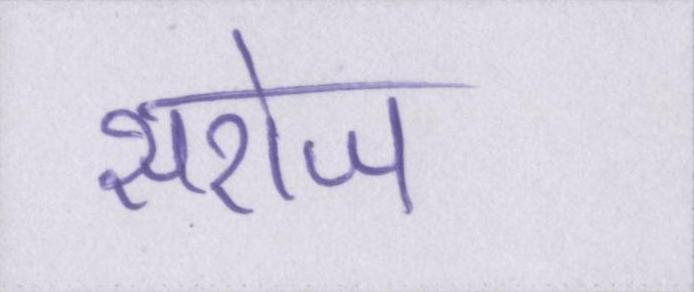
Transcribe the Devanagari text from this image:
सरोज